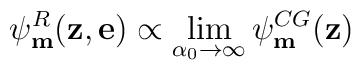
\psi^{R}_{\bf m}({\bf z},{\bf e}) \propto\lim_{\alpha_0  \rightarrow \infty} \psi^{CG}_{\bf m}({\bf z})